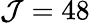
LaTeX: \mathcal{J}=48